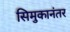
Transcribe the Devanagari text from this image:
सिमुकानंतर